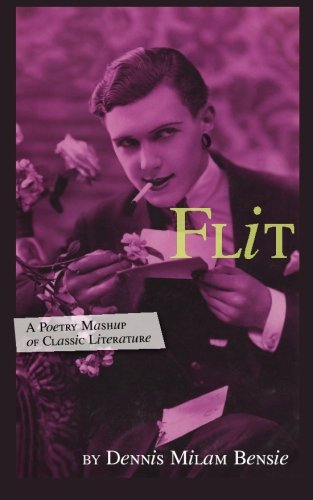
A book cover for Flit: A Poetry Mashup of Classic Literature; Dennis Milam Bensie; Gay & Lesbian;